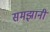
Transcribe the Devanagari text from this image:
समझानी